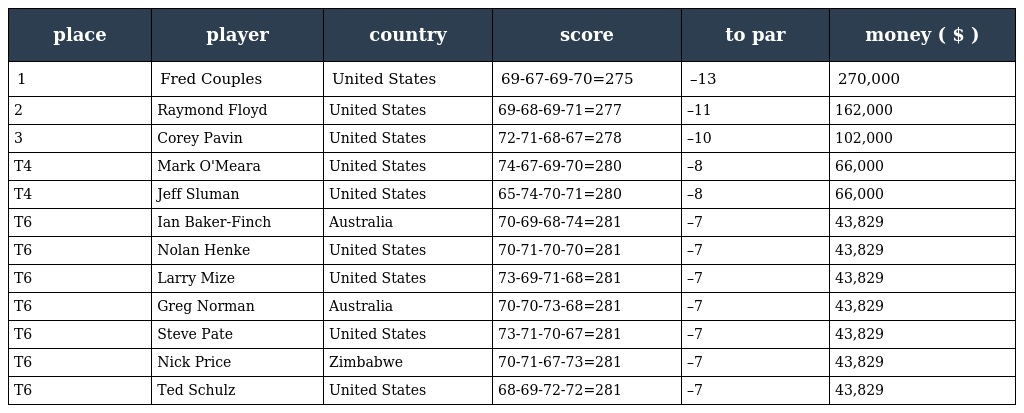
| place | player | country | score | to par | money ( $ ) |
 | --- | --- | --- | --- | --- | --- |
 | 1 | Fred Couples | United States | 69-67-69-70=275 | –13 | 270,000 |
 | 2 | Raymond Floyd | United States | 69-68-69-71=277 | –11 | 162,000 |
 | 3 | Corey Pavin | United States | 72-71-68-67=278 | –10 | 102,000 |
 | T4 | Mark O'Meara | United States | 74-67-69-70=280 | –8 | 66,000 |
 | T4 | Jeff Sluman | United States | 65-74-70-71=280 | –8 | 66,000 |
 | T6 | Ian Baker-Finch | Australia | 70-69-68-74=281 | –7 | 43,829 |
 | T6 | Nolan Henke | United States | 70-71-70-70=281 | –7 | 43,829 |
 | T6 | Larry Mize | United States | 73-69-71-68=281 | –7 | 43,829 |
 | T6 | Greg Norman | Australia | 70-70-73-68=281 | –7 | 43,829 |
 | T6 | Steve Pate | United States | 73-71-70-67=281 | –7 | 43,829 |
 | T6 | Nick Price | Zimbabwe | 70-71-67-73=281 | –7 | 43,829 |
 | T6 | Ted Schulz | United States | 68-69-72-72=281 | –7 | 43,829 |